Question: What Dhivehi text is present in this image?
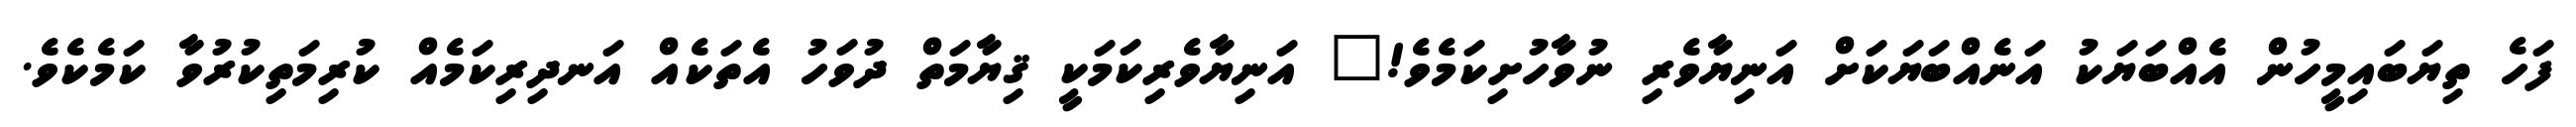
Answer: ފަހެ ތިޔަބައިމީހުން އެއްބަޔަކު އަނެއްބަޔަކަށް އަނިޔާވެރި ނުވާހުށިކަމެވެ!" އަނިޔާވެރިކަމަކީ ޤިޔާމަތް ދުވަހު އެތަކެއް އަނދިރިކަމެއް ކުރިމަތިކުރުވާ ކަމެކެވެ.